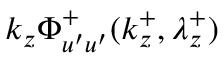
k _ { z } \Phi _ { u ^ { \prime } u ^ { \prime } } ^ { + } ( k _ { z } ^ { + } , \lambda _ { z } ^ { + } )